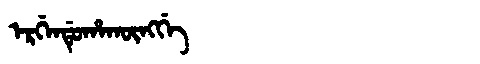
Manchu: ᡝᡵᡤᡝᠨᡩᡠᡥᠠᡴᡡᠩᡤᡝ
Romanization: ERGENDUHAKŪNGGE